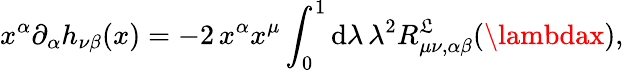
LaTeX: x^{\alpha}\partial_{\alpha}h_{\nu\beta}(x)=-2\, x^{\alpha}x^{\mu}\int_{0}^{1}\mathrm{d}\lambda\, \lambda^{2}R_{\mu\nu,\alpha\beta}^{\mathfrak{L}}(\lambdax),